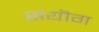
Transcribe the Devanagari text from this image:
संयॊग